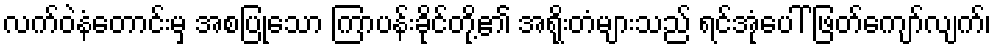
လက်ဝဲနံတောင်းမှ အစပြုသော ကြာပန်းခိုင်တို့၏ အရိုးတံများသည် ရင်အုံပေါ် ဖြတ်ကျော်လျက်၊